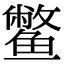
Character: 鳖